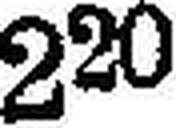
220